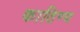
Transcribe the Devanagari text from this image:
काठिण्य